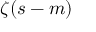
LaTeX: \zeta ( s - m )